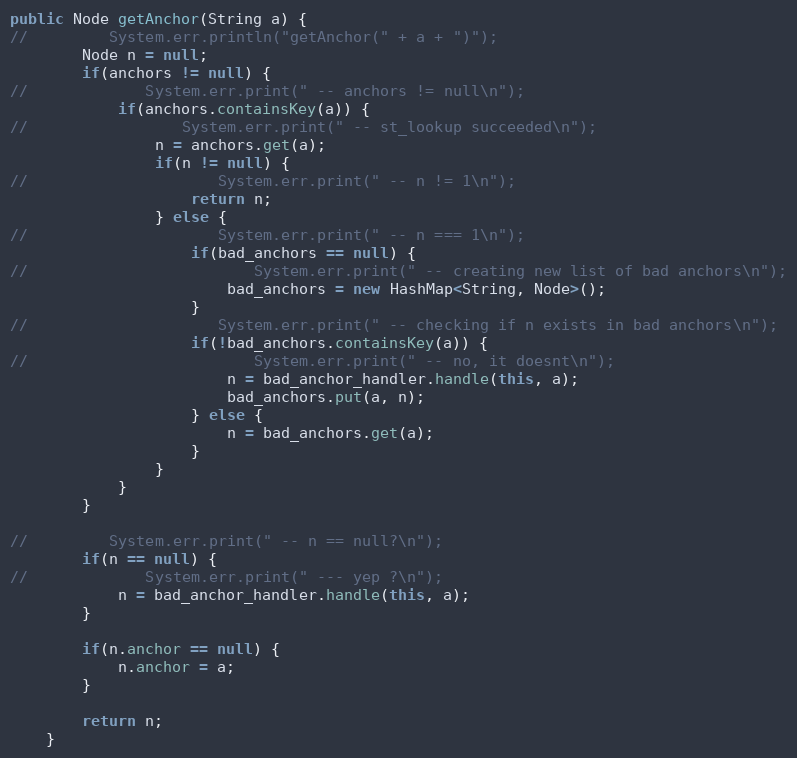
Language: Java
public Node getAnchor(String a) {
//         System.err.println("getAnchor(" + a + ")");
        Node n = null;
        if(anchors != null) {
//             System.err.print(" -- anchors != null\n");
            if(anchors.containsKey(a)) {
//                 System.err.print(" -- st_lookup succeeded\n");
                n = anchors.get(a);
                if(n != null) {
//                     System.err.print(" -- n != 1\n");
                    return n;
                } else {
//                     System.err.print(" -- n === 1\n");
                    if(bad_anchors == null) {
//                         System.err.print(" -- creating new list of bad anchors\n");
                        bad_anchors = new HashMap<String, Node>();
                    }
//                     System.err.print(" -- checking if n exists in bad anchors\n");
                    if(!bad_anchors.containsKey(a)) {
//                         System.err.print(" -- no, it doesnt\n");
                        n = bad_anchor_handler.handle(this, a);
                        bad_anchors.put(a, n);
                    } else {
                        n = bad_anchors.get(a);
                    }
                }
            }
        }

//         System.err.print(" -- n == null?\n");
        if(n == null) {
//             System.err.print(" --- yep ?\n");
            n = bad_anchor_handler.handle(this, a);
        }

        if(n.anchor == null) {
            n.anchor = a;
        }

        return n;
    }